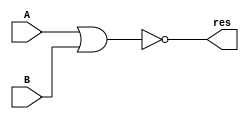
`timescale 1ns / 1ps
//////////////////////////////////////////////////////////////////////////////////
// Company: 
// Engineer: 
// 
// Design Name: 
// Module Name:    nor32 
// Project Name: 
// Target Devices: 
// Tool versions: 
// Description: 
//
// Dependencies: 
//
// Revision: 
// Revision 0.01 - File Created
// Additional Comments: 
//
//////////////////////////////////////////////////////////////////////////////////
module nor32(input [31:0] A,
				 input [31:0] B,
				 output [31:0] res
    );
assign res = ~ (A | B);

endmodule